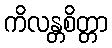
ကိလန္တစိတ္တာ